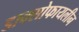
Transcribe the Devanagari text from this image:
डाक्सोफायलीन